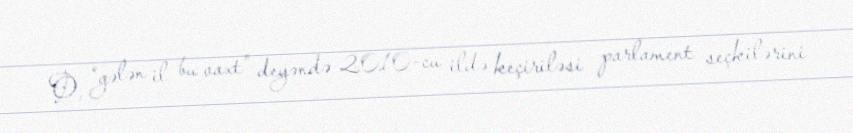
O, “gələn il bu vaxt” deyəndə 2010-cu ildə keçiriləsi parlament seçkilərini